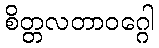
စိတ္တလတာဝဂ္ဂေါ